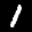
Label: 1